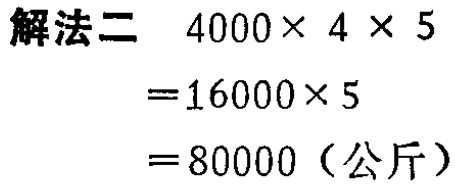
解法二 \(4000\times 4\times 5\)

\(=16000\times 5\)

\(=80000\)（公斤）